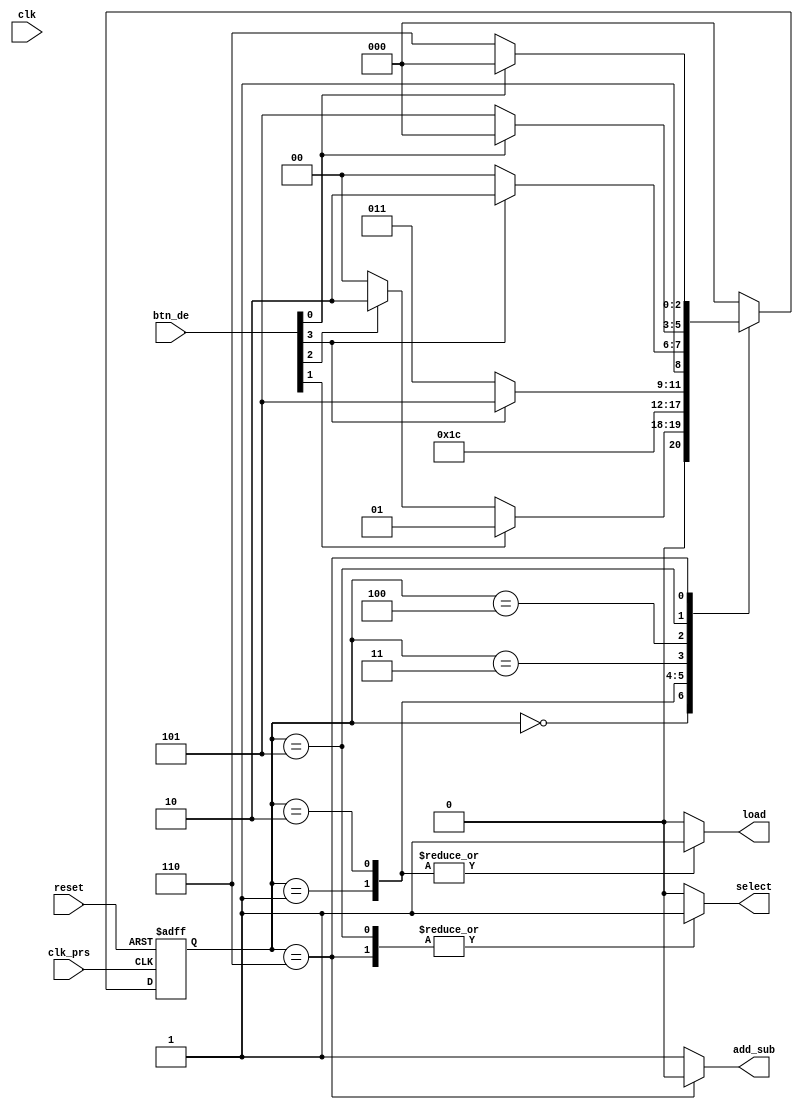
`timescale 1ns / 1ps

module state(

    input clk,
    input reset,
	input clk_prs, // for deteced btn
	input [3:0] btn_de,
	
	output reg load,           //for register
	output reg add_sub,        //for add or minus
	output reg select          //for display sum

);

reg [2:0] state;
reg [2:0] next;

parameter [2:0]IDLE     = 3'b000, 
               LOAD_ADD = 3'b001,
               LOAD_SUB = 3'b010,
               WAIT1    = 3'b011,
	       WAIT2    = 3'b100,
	       ADD_RESL	= 3'b101,
	       SUB_RESL	= 3'b110;

    
always @(posedge clk_prs or posedge reset)
    if (reset)
        state <= IDLE;
    else
        state <= next;

always @(*)
    begin
        //next = IDLE;
        load = 1'b0;
        add_sub = 1'b1;
		select=1'b0;
		  
    case (state)
		IDLE :
			begin
			 if (btn_de[1])
				  next = LOAD_ADD;
			 else if (btn_de[2])
					next = LOAD_SUB;
			 else
				  next = IDLE;
			end
		LOAD_ADD :
			 begin
				  load = 1'b1;
				  next = WAIT1;
			 end
		LOAD_SUB :
			 begin
				  load = 1'b1;
				  next = WAIT2;
			 end
		WAIT1:
			 begin
				 if (btn_de[3])
				  next = ADD_RESL;
				 else
				  next = WAIT1;
			 end
		WAIT2:
			 begin
				 if (btn_de[3])
				  next = SUB_RESL;
				 else
				  next = WAIT2;
			 end
			 
		ADD_RESL:
			begin
				select=1'b1;
				add_sub=1'b1;
				if (btn_de[0])
				  next = IDLE;
				 else
				  next = ADD_RESL;
			end
			
		SUB_RESL:
			begin
				select=1'b1;
				add_sub=1'b0;
				if (btn_de[0])
				  next = IDLE;
				 else
				  next = SUB_RESL;
			end
		default:
			begin
				next = IDLE;
			end
			
			
		endcase
end

endmodule